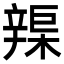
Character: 𨐣